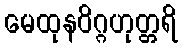
မေထုနဝိဂ္ဂဟုတ္တရိ